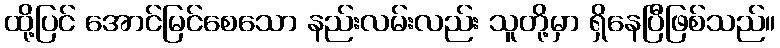
ထို့ပြင် အောင်မြင်စေသော နည်းလမ်းလည်း သူတို့မှာ ရှိနေပြီဖြစ်သည်။